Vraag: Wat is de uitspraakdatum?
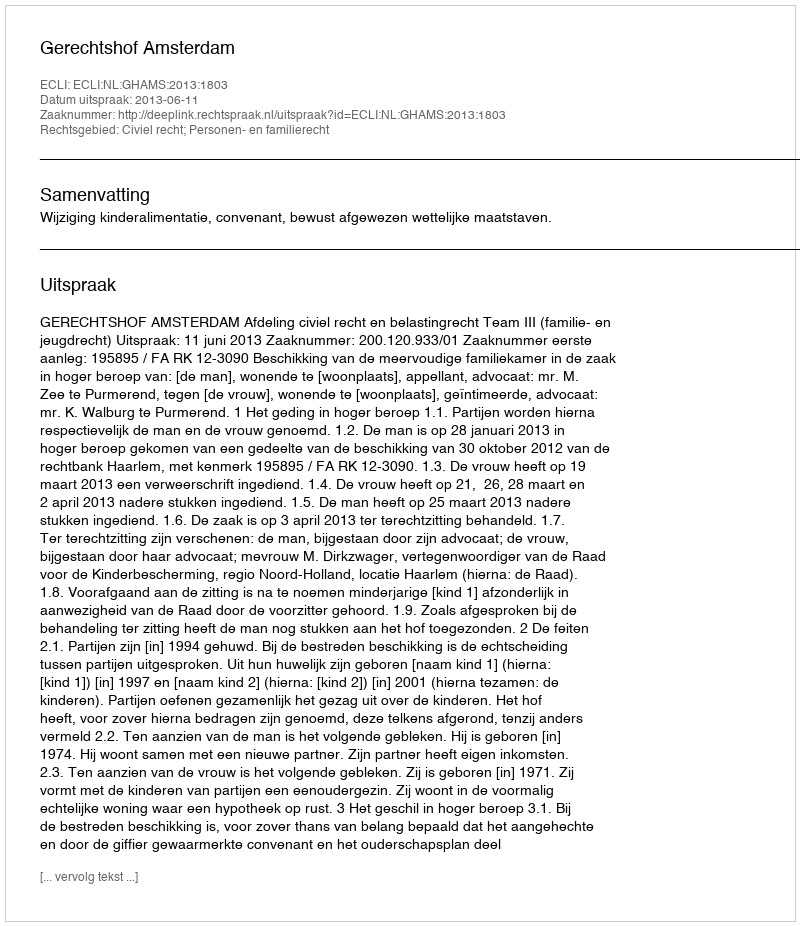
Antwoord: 2013-06-11